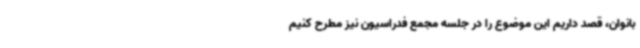
بانوان، قصد داریم این موضوع را در جلسه مجمع فدراسیون نیز مطرح کنیم